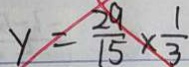
y = \frac { 2 9 } { 1 5 } \times \frac { 1 } { 3 }